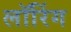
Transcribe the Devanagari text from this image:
लॉरिंग